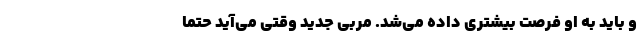
و باید به او فرصت بیشتری داده می‌شد. مربی جدید وقتی می‌آید حتماً